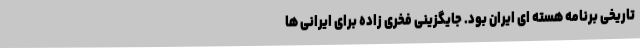
تاریخی برنامه هسته ای ایران بود. جایگزینی فخری زاده برای ایرانی ها